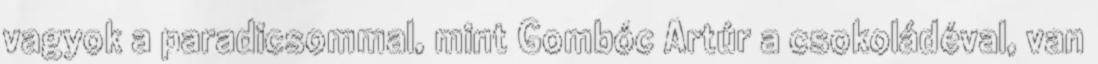
vagyok a paradicsommal, mint Gombóc Artúr a csokoládéval, van